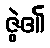
ဇွဲ၏